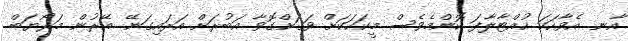
އާނ. އެވާހަކަ ހުއްޓާލާފަ ކޮންމެވެސް މީކަހަކަށް ވަގަށްގޮވާ އަބުރަށް އަރައިގަނޭ. އޭރުން މަރޯޔަބް